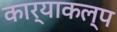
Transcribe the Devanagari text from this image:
कार्याकल्प